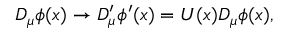
D _ { \mu } \phi ( x ) \rightarrow D _ { \mu } ^ { \prime } \phi ^ { \prime } ( x ) = U ( x ) D _ { \mu } \phi ( x ) ,